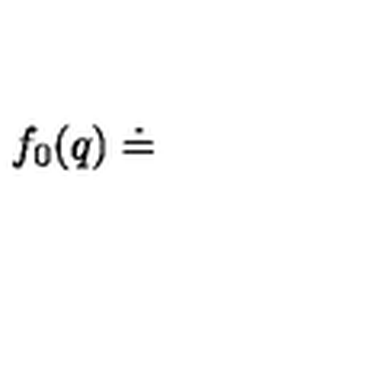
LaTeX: f _ { 0 } ( q ) \doteq